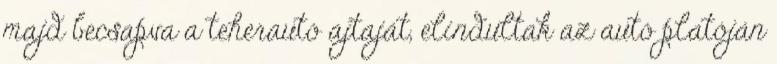
majd becsapva a teherautó ajtaját, elindultak az autó platóján